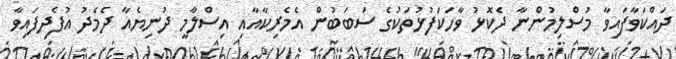
ދައްކަވާފައިވާ މުސްލިމުންނާ ދެކޮޅު ވާހަކަފުޅުތަކުގެ ސަބަބުން އެމެރިކާއާއި އިސްލާމީ ދުނިޔެއާ ދެމެދު އުފެދިފައިވާ